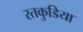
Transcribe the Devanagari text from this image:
रतकुडिया